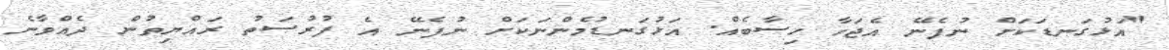
"އަޅުގަނޑަކަށް ނުފެނޭ އެޖަހާ ހިސާބެއް. އަޅުގަނޑުމެންނަކަށް ނުފެނޭ އެ ފުރުސަތު ރައްޔިތުން ދެއްވާނެ